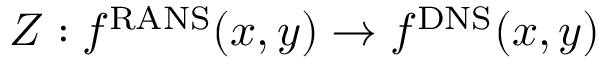
Z : f ^ { \mathrm { R A N S } } ( x , y ) \rightarrow f ^ { \mathrm { D N S } } ( x , y )